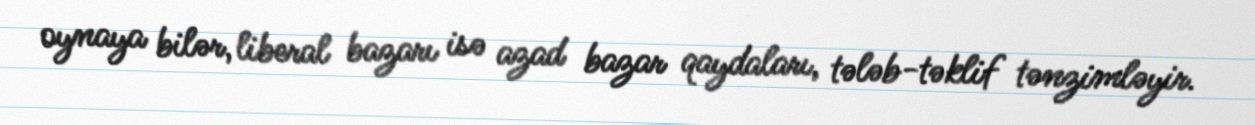
oynaya bilər, liberal bazarı isə azad bazar qaydaları, tələb-təklif tənzimləyir.